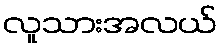
လူသားအလယ်